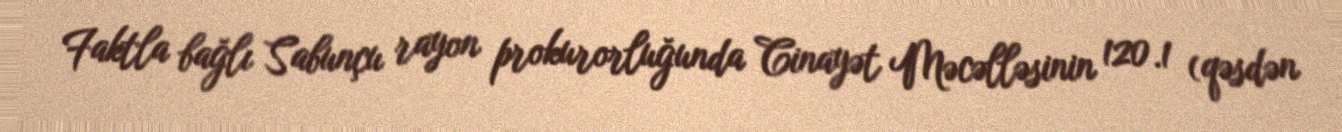
Faktla bağlı Sabunçu rayon prokurorluğunda Cinayət Məcəlləsinin 120.1 (qəsdən